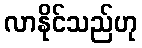
လာနိုင်သည်ဟု